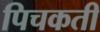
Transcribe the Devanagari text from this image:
पिचकती